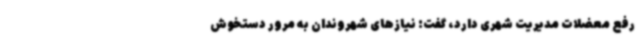
رفع معضلات مدیریت شهری دارد، گفت: نیازهای شهروندان به مرور دستخوش